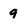
Character: 9